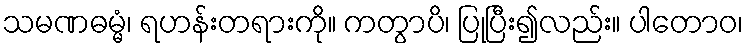
သမဏဓမ္မံ၊ ရဟန်းတရားကို။ ကတွာပိ၊ ပြုပြီး၍လည်း။ ပါတောဝ၊